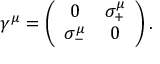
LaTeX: \gamma ^ { \mu } = \left( \begin{array} { c c } { { 0 } } & { { \sigma _ { + } ^ { \mu } } } \\ { { \sigma _ { - } ^ { \mu } } } & { { 0 } } \end{array} \right) .